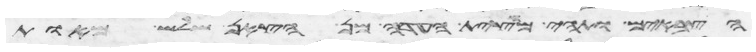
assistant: הצבאים ותהי מחצית העדה מן הצאן שלש מאות